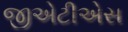
જીએટીએસ